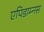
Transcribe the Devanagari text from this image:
एपिडाम्नस